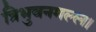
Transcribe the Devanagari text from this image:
त्रिभुवनमल्ल।